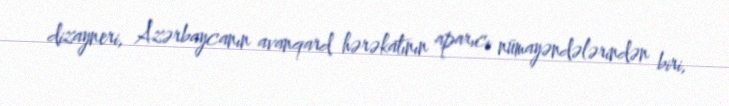
dizayneri, Azərbaycanın avanqard hərəkatının aparıcı nümayəndələrindən biri,